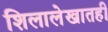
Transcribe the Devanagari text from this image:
शिलालेखातही